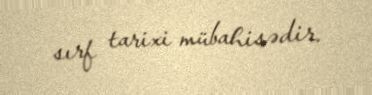
sırf tarixi mübahisədir.